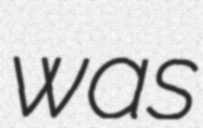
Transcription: was